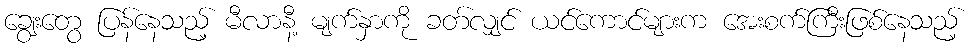
ချွေးတွေ ပြန်နေသည့် မီလာနီ့ မျက်နှာကို ခတ်လျှင် ယင်ကောင်များက အေးစက်ကြီးဖြစ်နေသည့်